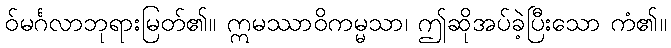
ဝ်မင်္ဂလာဘုရားမြတ်၏။ ဣမဿာဝိကမ္မသာ၊ ဤဆိုအပ်ခဲ့ပြီးသော ကံ၏။